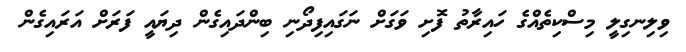
ވިލިނގިލީ މިސްކިތެއްގެ ހައިރާތު ފޮށި ވަގަށް ނަގައިފިދޯނި ބިންދައިގެން ދިޔައީ ފަރަށް އަރައިގެން